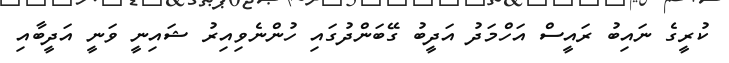
ކުރީގެ ނައިބު ރައީސް އަހްމަދު އަދީބު ގޭބަންދުގައި ހުންނެވިއިރު ޝައިނީ ވަނީ އަދީބާއި